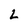
Character: L